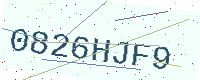
Text: 0826HJF9